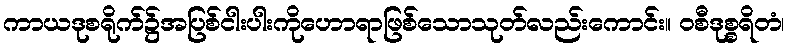
ကာယဒုစရိုက်၌အပြစ်ငါးပါးကိုဟောရာဖြစ်သောသုတ်လည်းကောင်း။ ဝစီဒုစ္စရိတံ၊